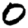
Digit: 0